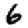
Digit: 6